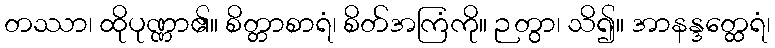
တဿာ၊ ထိုပုဏ္ဏာ၏။ စိတ္တာစာရံ၊ စိတ်အကြံကို။ ဉတွာ၊ သိ၍။ အာနန္ဒတ္ထေရံ၊